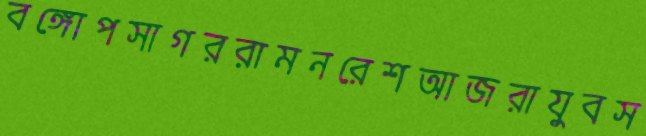
বঙ্গোপসাগররামনরেশআজরাযুবস